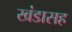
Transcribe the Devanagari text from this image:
खंडासह